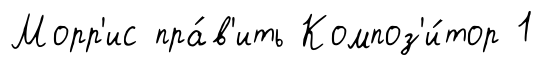
Морр'ис пра́в'ить Композ'и́тор 1